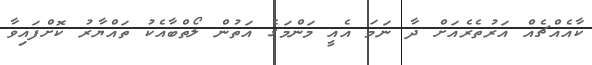
ކާއެއްޗެއް އަރުތެރެއަށް ދާ ނަމަ އެއީ މަންމަގެ އަތުން ލޯތްބާއެކު ތައްޔާރު ކޮށްފައިވާ